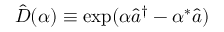
\hat { D } ( \alpha ) \equiv \exp ( \alpha \hat { a } ^ { \dagger } - \alpha ^ { * } \hat { a } )